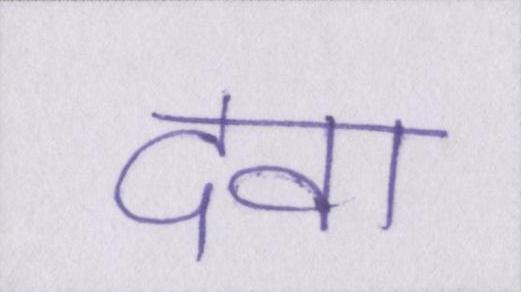
दवा